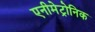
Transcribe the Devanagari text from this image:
एनीमेट्रोनिक